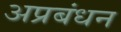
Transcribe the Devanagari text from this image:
अप्रबंधन